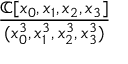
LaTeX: \frac { \mathbb { C } [ x _ { 0 } , x _ { 1 } , x _ { 2 } , x _ { 3 } ] } { ( x _ { 0 } ^ { 3 } , x _ { 1 } ^ { 3 } , x _ { 2 } ^ { 3 } , x _ { 3 } ^ { 3 } ) }